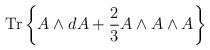
LaTeX: \begin{align*}{\mathrm{Tr}}\left\{A\wedge dA + \frac{2}{3}A\wedge A \wedge A \right\}\end{align*}